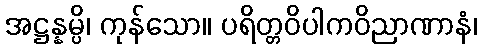
အဋ္ဌန္နမ္ပိ၊ ကုန်သော။ ပရိတ္တဝိပါကဝိညာဏာနံ၊